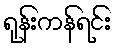
ရုန်းကန်ရင်း